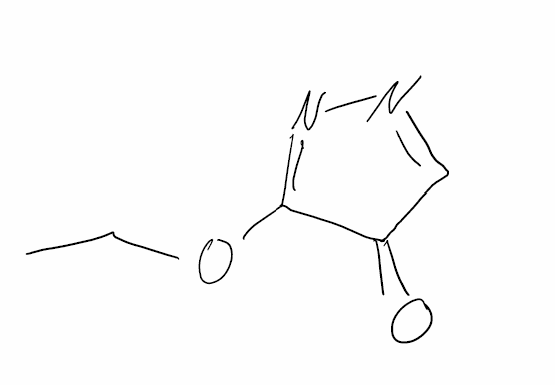
Simplified molecular-input line-entry system (SMILES) notation of the given molecule:
CCOC1=NN=CC1=O